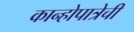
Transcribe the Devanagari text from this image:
कान्होपात्रेची